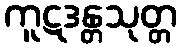
ကူဋဒန္တသုတ္တ